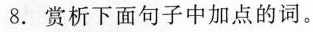
8. 赏析下面句子中加点的词。